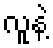
လူနဲ့